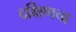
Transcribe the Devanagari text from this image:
दक्षिणचा